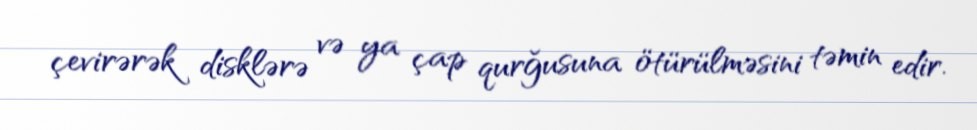
çevirərək disklərə və ya çap qurğusuna ötürülməsini təmin edir.